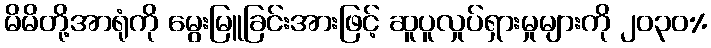
မိမိတို့အာရုံကို မွေးမြူခြင်းအားဖြင့် ဆူပူလှုပ်ရှားမှုများကို ၂၀၃၀%